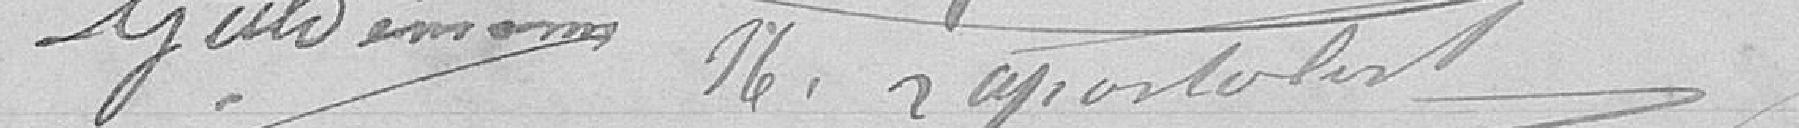
GUTERMANN   N. LAPOSTOLET